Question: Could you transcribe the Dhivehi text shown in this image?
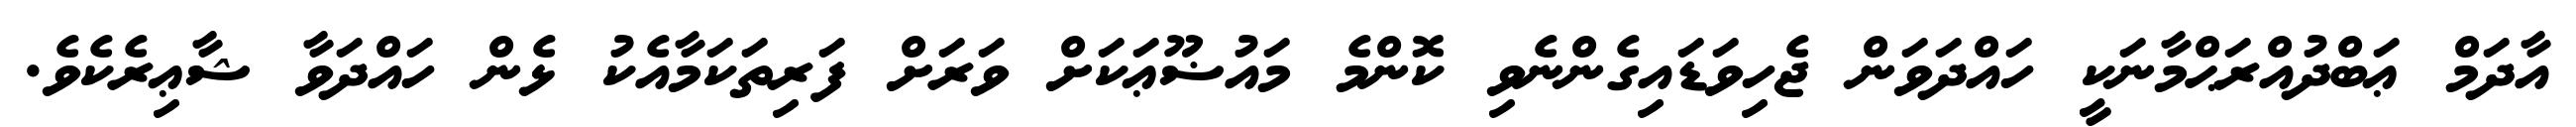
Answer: އާދަމް ޢަބްދުއްރަޙްމާނަކީ ހައްދަވަން ޖެހިވަޑައިގެންނެވި ކޮންމެ މައުޟޫޢަކަށް ވަރަށް ފަރިތަކަމާއެކު ޅެން ހައްދަވާ ޝާޢިރެކެވެ.